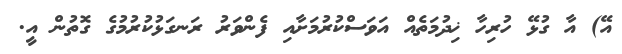
އޭ) އާ ގުޅޭ ހުރިހާ ޚިދުމަތެއް އަވަސްކުރުމަށާއި ފެންވަރު ރަނގަޅުކުރުމުގެ ގޮތުން އީ.